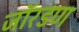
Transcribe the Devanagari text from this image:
जॉरडण